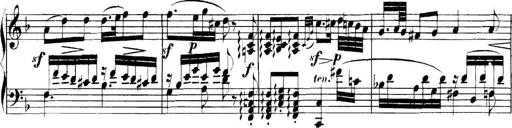
Title: Collected Piano Sonatas
Composer: Muzio Clementi